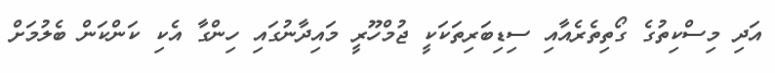
އަދި މިސްކިތުގެ ގޯތިތެރެއާއި ސިޑިބަރިތަކަކީ ޖުމްހޫރީ މައިދާނުގައި ހިންގާ އެކި ކަންކަން ބެލުމަށް